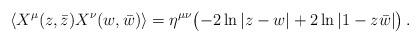
LaTeX: \begin{align*}\langle X^\mu (z, \bar z) X^\nu (w, \bar w)\rangle=\eta^{\mu\nu}\bigl (-2\ln |z-w|+2 \ln |1-z\bar w|\bigr ) \,.\end{align*}